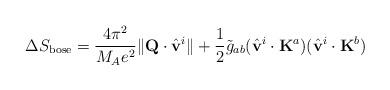
LaTeX: \begin{align*}\Delta S_{\rm bose}= \frac{4\pi^2}{M_Ae^2}\|{\bf Q}\cdot\hat{\bf v}^i\| + \frac{1}{2}\tilde{g}_{ab}(\hat{\bf v}^i\cdot{\bf K}^a)(\hat{\bf v}^i\cdot{\bf K}^b)\end{align*}